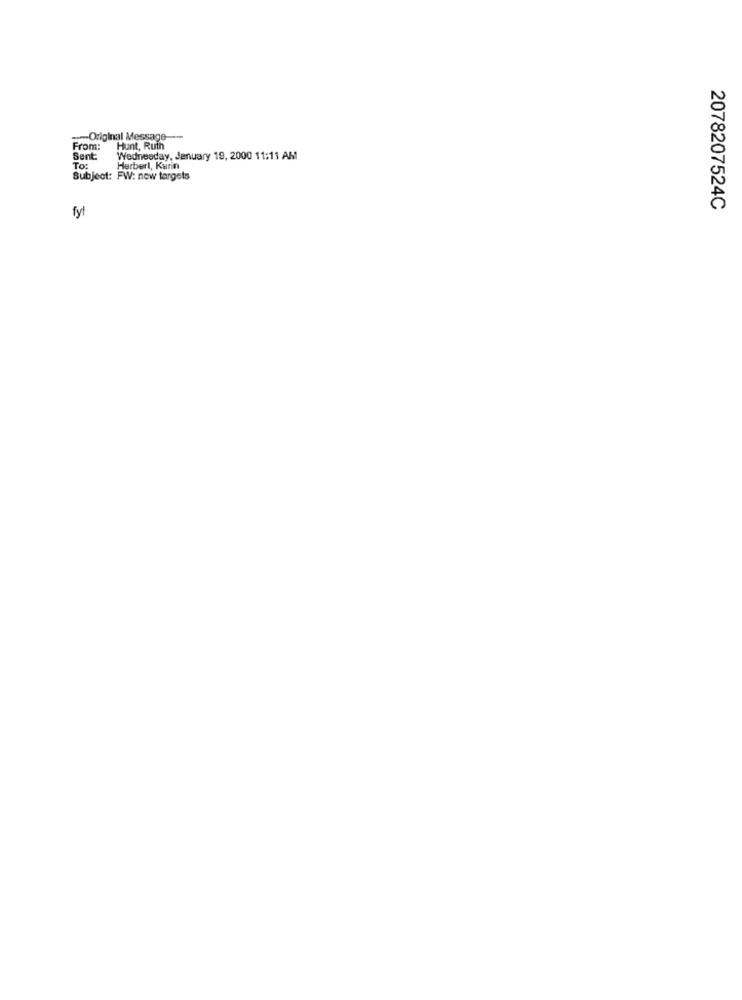
-- Original Message ---
From:
Hunt, Ruth
Sent:
Wednesday, January 19, 2000 11:11 AM
To:
Herbert, Kurin
Subject: FW: new targets
2078207524C
fyl